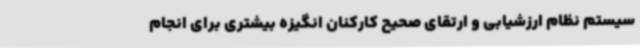
سیستم نظام ارزشیابی و ارتقای صحیح کارکنان انگیزه بیشتری برای انجام